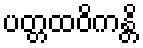
ပတ္တထဝိကန္တိ